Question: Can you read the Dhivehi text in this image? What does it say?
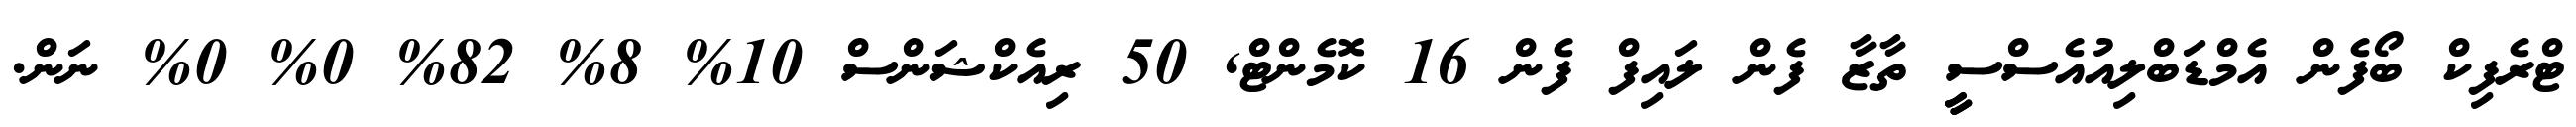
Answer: ޓްރެފިކް ބޯފެން އެމްޑަބްލިއުއެސްސީީ ތާޒާ ފެން ލައިފް ފެން 16 ކޮމެންޓް, 50 ރިއެކްޝަންސް 10% 8% 82% 0% 0% ނަން.